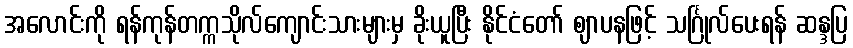
အလောင်းကို ရန်ကုန်တက္ကသိုလ်ကျောင်းသားများမှ ခိုးယူပြီး နိုင်ငံတော် ဈာပနဖြင့် သင်္ဂြုလ်ပေးရန် ဆန္ဒပြ